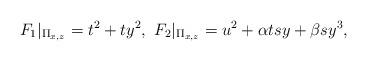
LaTeX: \begin{align*}F_1|_{\Pi_{x,z}} = t^2 + t y^2, \ F_2|_{\Pi_{x,z}} = u^2 + \alpha t s y + \beta s y^3,\end{align*}